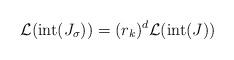
LaTeX: \begin{align*}\mathcal{L}(\mathrm{int}(J_{\sigma}))=(r_{k})^{d}\mathcal{L}(\mathrm{int}(J))\end{align*}